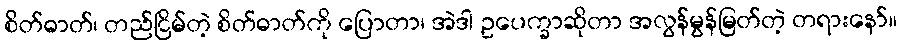
စိတ်ဓာတ်၊ တည်ငြိမ်တဲ့ စိတ်ဓာတ်ကို ပြောတာ၊ အဲဒါ ဥပေက္ခာဆိုတာ အလွန်မွန်မြတ်တဲ့ တရားနော်။